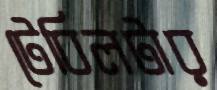
টেবিলটার